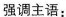
强调主语：